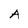
Character: A